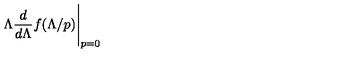
\Lambda \frac { d } { d \Lambda } f ( \Lambda / p ) \Bigg | _ { p = 0 }